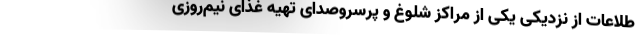
طلاعات از نزدیکی یکی از مراکز شلوغ و پرسروصدای تهیه غذای نیم‌روزی